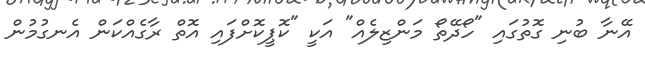
އޭނާ ބުނި ގޮތުގައި "ހޯދޭތޯ މަންޒިލެއް" އަކީ "ކޮޕީކޮށްފައި އޮތް ރާގެއްކަން އެނގުމުން